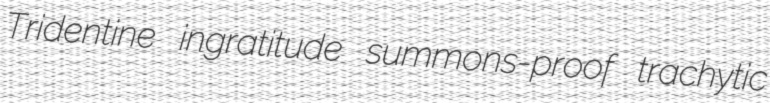
Tridentine ingratitude summons-proof trachytic